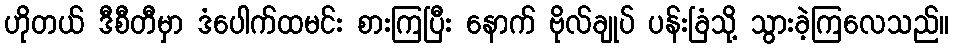
ဟိုတယ် ဒီစီတီမှာ ဒံပေါက်ထမင်း စားကြပြီး နောက် ဗိုလ်ချုပ် ပန်းခြံသို့ သွားခဲ့ကြလေသည်။